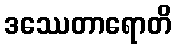
ဒဿေတာရောတိ